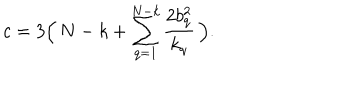
LaTeX: c = 3 \Bigl ( \, N - k + \sum _ { q = 1 } ^ { N - k } { \frac { 2 b _ { q } ^ { 2 } } { k _ { q } } } \, \Bigr ) .